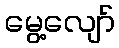
မွေ့လျော်